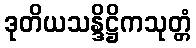
ဒုတိယသန္ဒိဋ္ဌိကသုတ္တံ